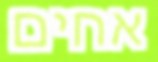
אחים